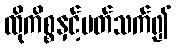
ထိုကိစ္စနှင့်ပတ်သက်၍